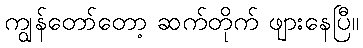
ကျွန်တော်တော့ ဆက်တိုက် ဖျားနေပြီ။